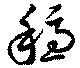
穏